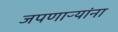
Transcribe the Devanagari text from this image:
जपणाऱ्यांना